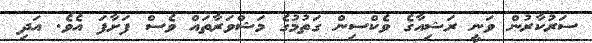
ސަރުކާރުން ވަނީ ރަޝިއާގެ ވެކްސިން ގަތުމުގެ މަޝްވަރާތައް ވެސް ފަށާފަ އެވެ. އަދި